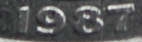
1987